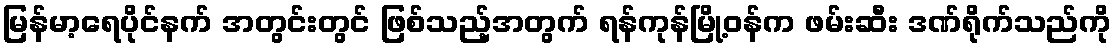
မြန်မာ့ရေပိုင်နက် အတွင်းတွင် ဖြစ်သည့်အတွက် ရန်ကုန်မြို့ဝန်က ဖမ်းဆီး ဒဏ်ရိုက်သည်ကို